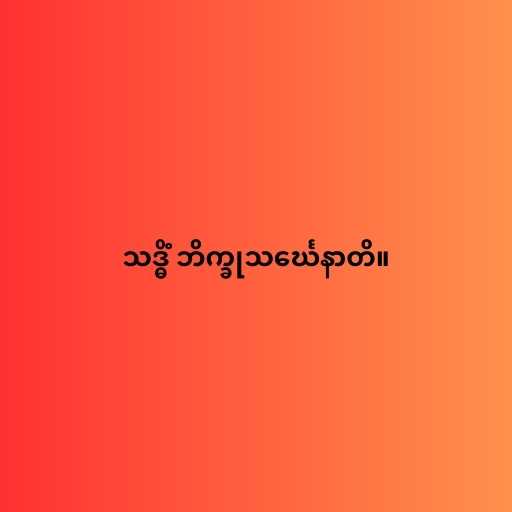
သဒ္ဓိံ ဘိက္ခုသင်္ဃေနာတိ။